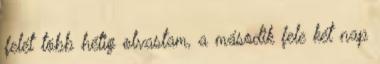
felét több hétig olvastam, a második fele két nap